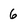
Character: 6